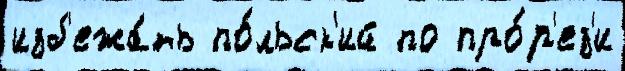
изб'ежа́ть по́льск'ий по про́р'ез'и